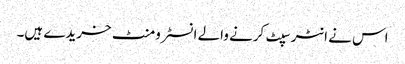
اس نے انٹرسپٹ کرنے والے انسٹرومنٹ خریدے ہیں۔